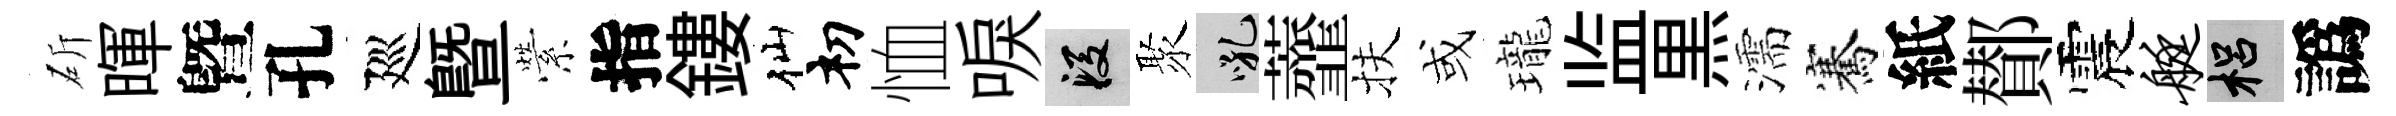
斫暉曁孔廵暨縈指鏤仙𥘉恤唳段聚吼虀扶或瓏监黒濡騫紙鄼震艇梠譌